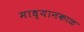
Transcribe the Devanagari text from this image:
माध्यानकाळ